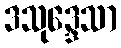
ဒသုဒ္ဒေသာ